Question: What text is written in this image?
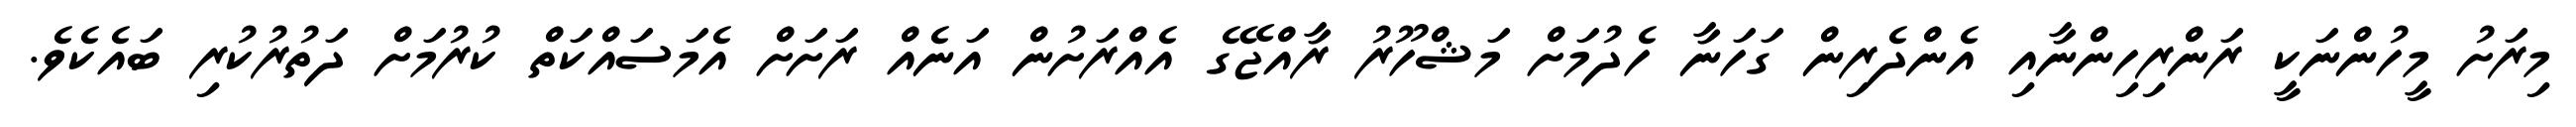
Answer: މިރަށު މީހުންނަކީ ރަންރިހިންނާއި އެންދެރިން ގަހަނާ ހެދުމަށް މަޝްހޫރު ރާއްޖޭގެ އެއްރަށުން އަނެއް ރަށަށް އެމަސައްކަތް ކުރުމަށް ދަތުރުކުރި ބައެކެވެ.